Annual report of the Central Committee of the Association together with the report of the directors of the Pasteur Institute at Kasauli
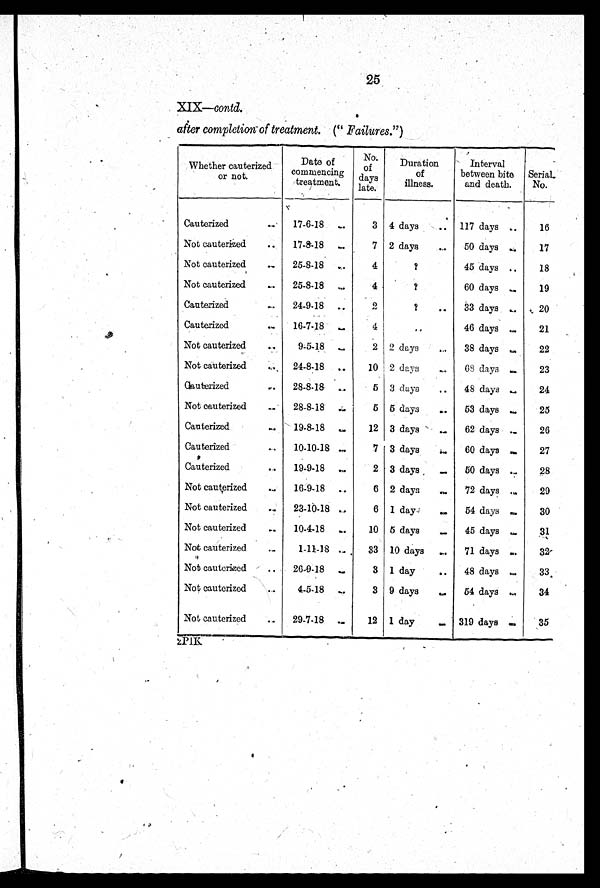
25
XIX—contd.
after completion of treatment. (" Failures." )
Whether cauterized
or not.
Date of
commencing
treatment.
No.
of
days
late.
Duration
of
illness.
Interval
between bite
and death.
Serial
No.
Cauterized . .
17-6-18 ..
3 4 days
. .
117 days
. .
16
Not cauterized ..
17-8-18 . .
7 2 days
. .
50 days . .
17
Not cauterized ..
25-8-18 ..
4
?
45 days
. .
18
Not cauterized . .
25-8-18 ..
4
?
60 days
. .
19
Cauterized ..
24-9-18 ..
2
?
. .
33 days
. .
20
Cauterized ..
16-7-18 ..
4
46 days
. .
21
Not cauterized ..
9-5-18 ..
2 2 days . .
38 days
. .
22
Not cauterized ..
24-8-18 . .
10 2 days
. .
68 days
. .
23
Cauterized ..
28-8-18 ..
5 3 days
. .
48 days
. .
24
Not cauterized ..
28-8-18
5 5 days
. .
53 days
. .
25
Cauterized ..
19-8-18 ..
12 3 days
. .
62 days
. .
26
Cauterized ..
10-10-18 ..
7 3 days
. .
60 days
. .
27
Cauterized . .
19-9-18 ..
2 3 days
. .
50 days
28
Not cauterized ..
16-9-18 . .
6 2 days
. .
72 days
. .
29
Not cauterized ..
23-10-18 ..
6 1 day
. .
54 days
. .
30
Not cauterized ..
10-4-18 ..
10 5 days
. .
45 days
. .
31
Not cauterized ..
1-11-18 ..
33 10 days
. .
71 days
. .
32
Not cauterized . .
26-9-18 ..
3 1 day
. .
48 days
. .
33
Not cauterized . .
4-5-18 . .
3 9 days
. .
54 days
. .
34
Not cauterized ..
29-7-18 ..
12 1 day
. . 319 days
. .
35
2P1K